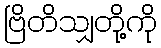
ဗြိတိသျှတို့ကို